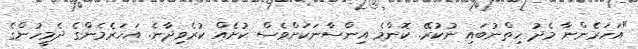
"އަހަރެންނާ މެދު ހިތްނުބައި ނުކުރޭ. ކޮންމެ އިންސާނަކަށްވެސް ކުށެއް ކުރެވިދާނެ. އަހަރެމެންގެ ދެމީހުންގެ